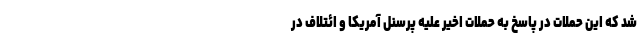
شد که این حملات در پاسخ به حملات اخیر علیه پرسنل آمریکا و ائتلاف در